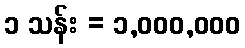
၁ သန်း = ၁,၀၀၀,၀၀၀